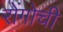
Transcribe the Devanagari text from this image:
रोंगोची